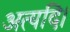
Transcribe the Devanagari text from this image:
अत्यदि।